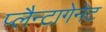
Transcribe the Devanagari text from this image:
प्लैन्टागेनेट